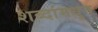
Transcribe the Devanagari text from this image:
शब्दांमधुन